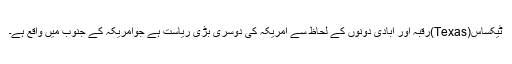
ٹیکساس(Texas)رقبہ اور آبادی دونوں کے لحاظ سے امریکہ کی دوسری بڑی ریاست ہے جوامریکہ کے جنوب میں واقع ہے۔